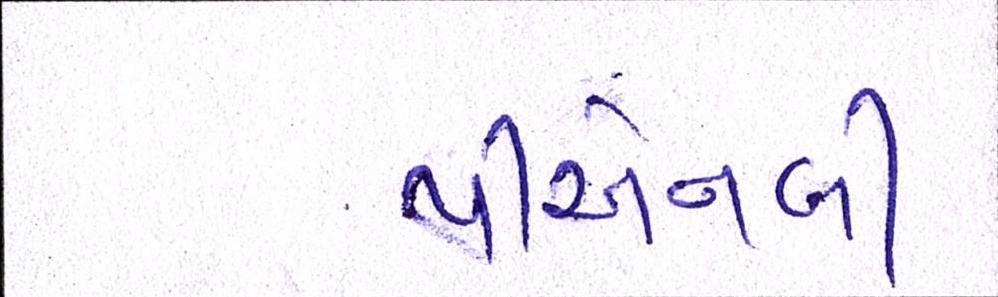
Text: પીએનબી